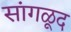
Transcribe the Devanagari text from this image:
सांगळूद